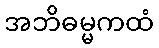
အဘိဓမ္မကထံ